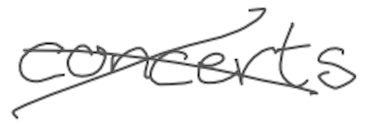
Text: concerts
Cross-out: cross
Writing tool: digital_gray